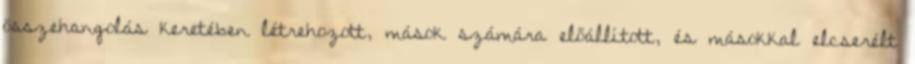
összehangolás keretében létrehozott, mások számára előállított, és másokkal elcserélt